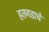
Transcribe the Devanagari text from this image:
हतगडाचे